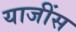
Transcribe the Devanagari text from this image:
याजींस